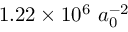
1 . 2 2 \times 1 0 ^ { 6 } \ a _ { 0 } ^ { - 2 }